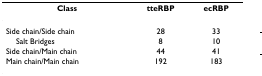
<table><thead><tr><td><b>Class</b></td><td><b>tteRBP</b></td><td><b>ecRBP</b></td></tr></thead><tbody><tr><td>Side chain/Side chain</td><td>28</td><td>33</td></tr><tr><td> Salt Bridges</td><td>8</td><td>10</td></tr><tr><td>Side chain/Main chain</td><td>44</td><td>41</td></tr><tr><td>Main chain/Main chain</td><td>192</td><td>183</td></tr></tbody></table>